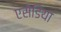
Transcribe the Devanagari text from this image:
एसेडिया